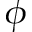
\phi